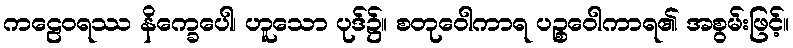
ကဠေဝရဿ နိက္ခေပေါ၊ ဟူသော ပုဒ်၌။ စတုဝေါကာရ ပဉ္စဝေါကာရ၏ အစွမ်းဖြင့်။